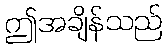
ဤအချိန်သည်